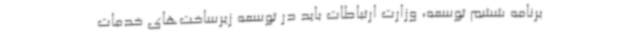
برنامه ششم توسعه، وزارت ارتباطات باید در توسعه زیرساخت‌های خدمات